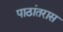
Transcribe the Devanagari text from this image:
पाठांतरास